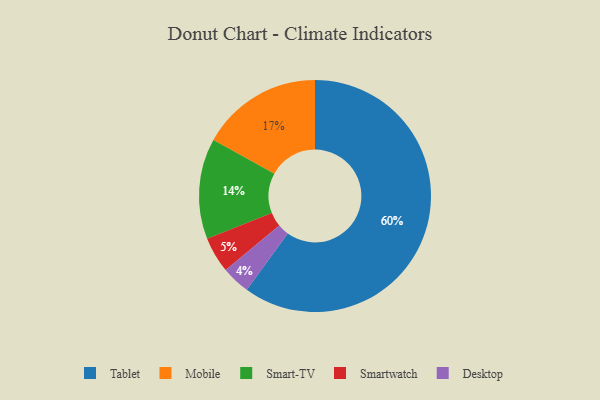
{"axis": {"x": "Category", "y": "Percentage"}, "legend": ["Desktop", "Mobile", "Smart-TV", "Smartwatch", "Tablet"], "data": [{"x": "Mobile", "y": 17, "type": "Mobile"}, {"x": "Tablet", "y": 60, "type": "Tablet"}, {"x": "Smartwatch", "y": 5, "type": "Smartwatch"}, {"x": "Smart-TV", "y": 14, "type": "Smart-TV"}, {"x": "Desktop", "y": 4, "type": "Desktop"}]}